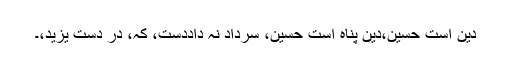
دین است حسینؑ،دین پناہ است حسینؑ، سرداد نہ داددست، کہ، در دست یزید،۔